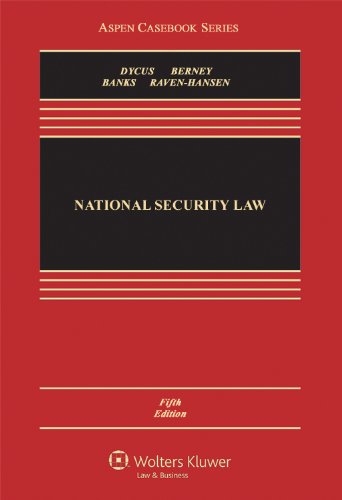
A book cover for National Security Law, Fifth Edition (Aspen Casebook); Stephen Dycus; Law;